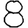
Digit: 8